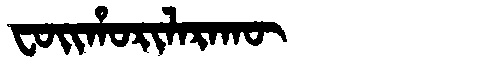
Manchu: ᠸᠣᡳᡥᠣᡵᡳᠯᠠᡵᠠᡴᡡ
Romanization: FOIHORILARAKŪ